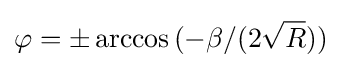
\varphi =\pm \arccos {(-\beta /(2{\sqrt {R}}))}